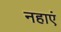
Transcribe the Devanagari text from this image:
नहाएं